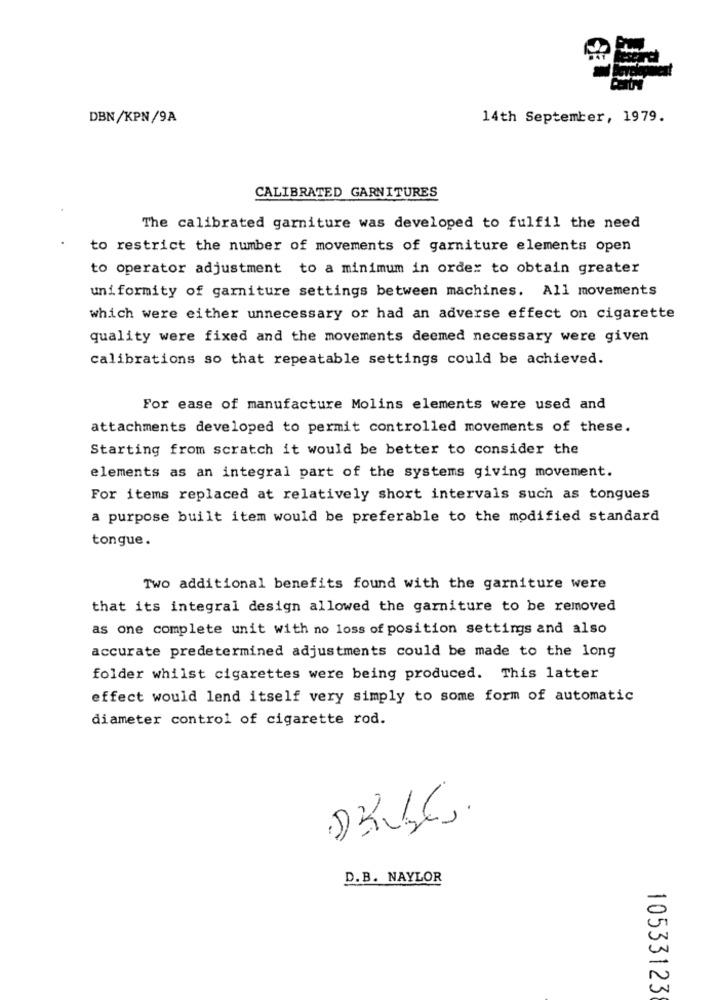
DBN/KPN/9A
14th September, 1979.
CALIBRATED GARNITURES
The calibrated garniture was developed to fulfil the need
to restrict the number of movements of garniture elements open
to operator adjustment to a minimum in order to obtain greater
uniformity of garniture settings between machines. All movements
which were either unnecessary or had an adverse effect on cigarette
quality were fixed and the movements deemed necessary were given
calibrations so that repeatable settings could be achieved.
For ease of manufacture Molins elements were used and
attachments developed to permit controlled movements of these.
Starting from scratch it would be better to consider the
elements as an integral part of the systems giving movement.
For items replaced at relatively short intervals such as tongues
a purpose built item would be preferable to the modified standard
tongue.
Two additional benefits found with the garniture were
that its integral design allowed the garniture to be removed
as one complete unit with no loss of position settings and also
accurate predetermined adjustments could be made to the long
folder whilst cigarettes were being produced. This latter
effect would lend itself very simply to some form of automatic
diameter control of cigarette rod.
-5
D.B. NAYLOR
10533123